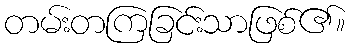
တမ်းတကြခြင်းသာဖြစ်၏။